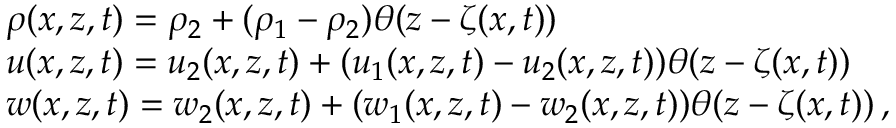
\begin{array} { r l } & { \rho ( x , z , t ) = \rho _ { 2 } + ( \rho _ { 1 } - \rho _ { 2 } ) \theta ( z - \zeta ( x , t ) ) } \\ & { u ( x , z , t ) = u _ { 2 } ( x , z , t ) + ( u _ { 1 } ( x , z , t ) - u _ { 2 } ( x , z , t ) ) \theta ( z - \zeta ( x , t ) ) } \\ & { w ( x , z , t ) = w _ { 2 } ( x , z , t ) + ( w _ { 1 } ( x , z , t ) - w _ { 2 } ( x , z , t ) ) \theta ( z - \zeta ( x , t ) ) \, , } \end{array}